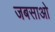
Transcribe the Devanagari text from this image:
जबसाओ